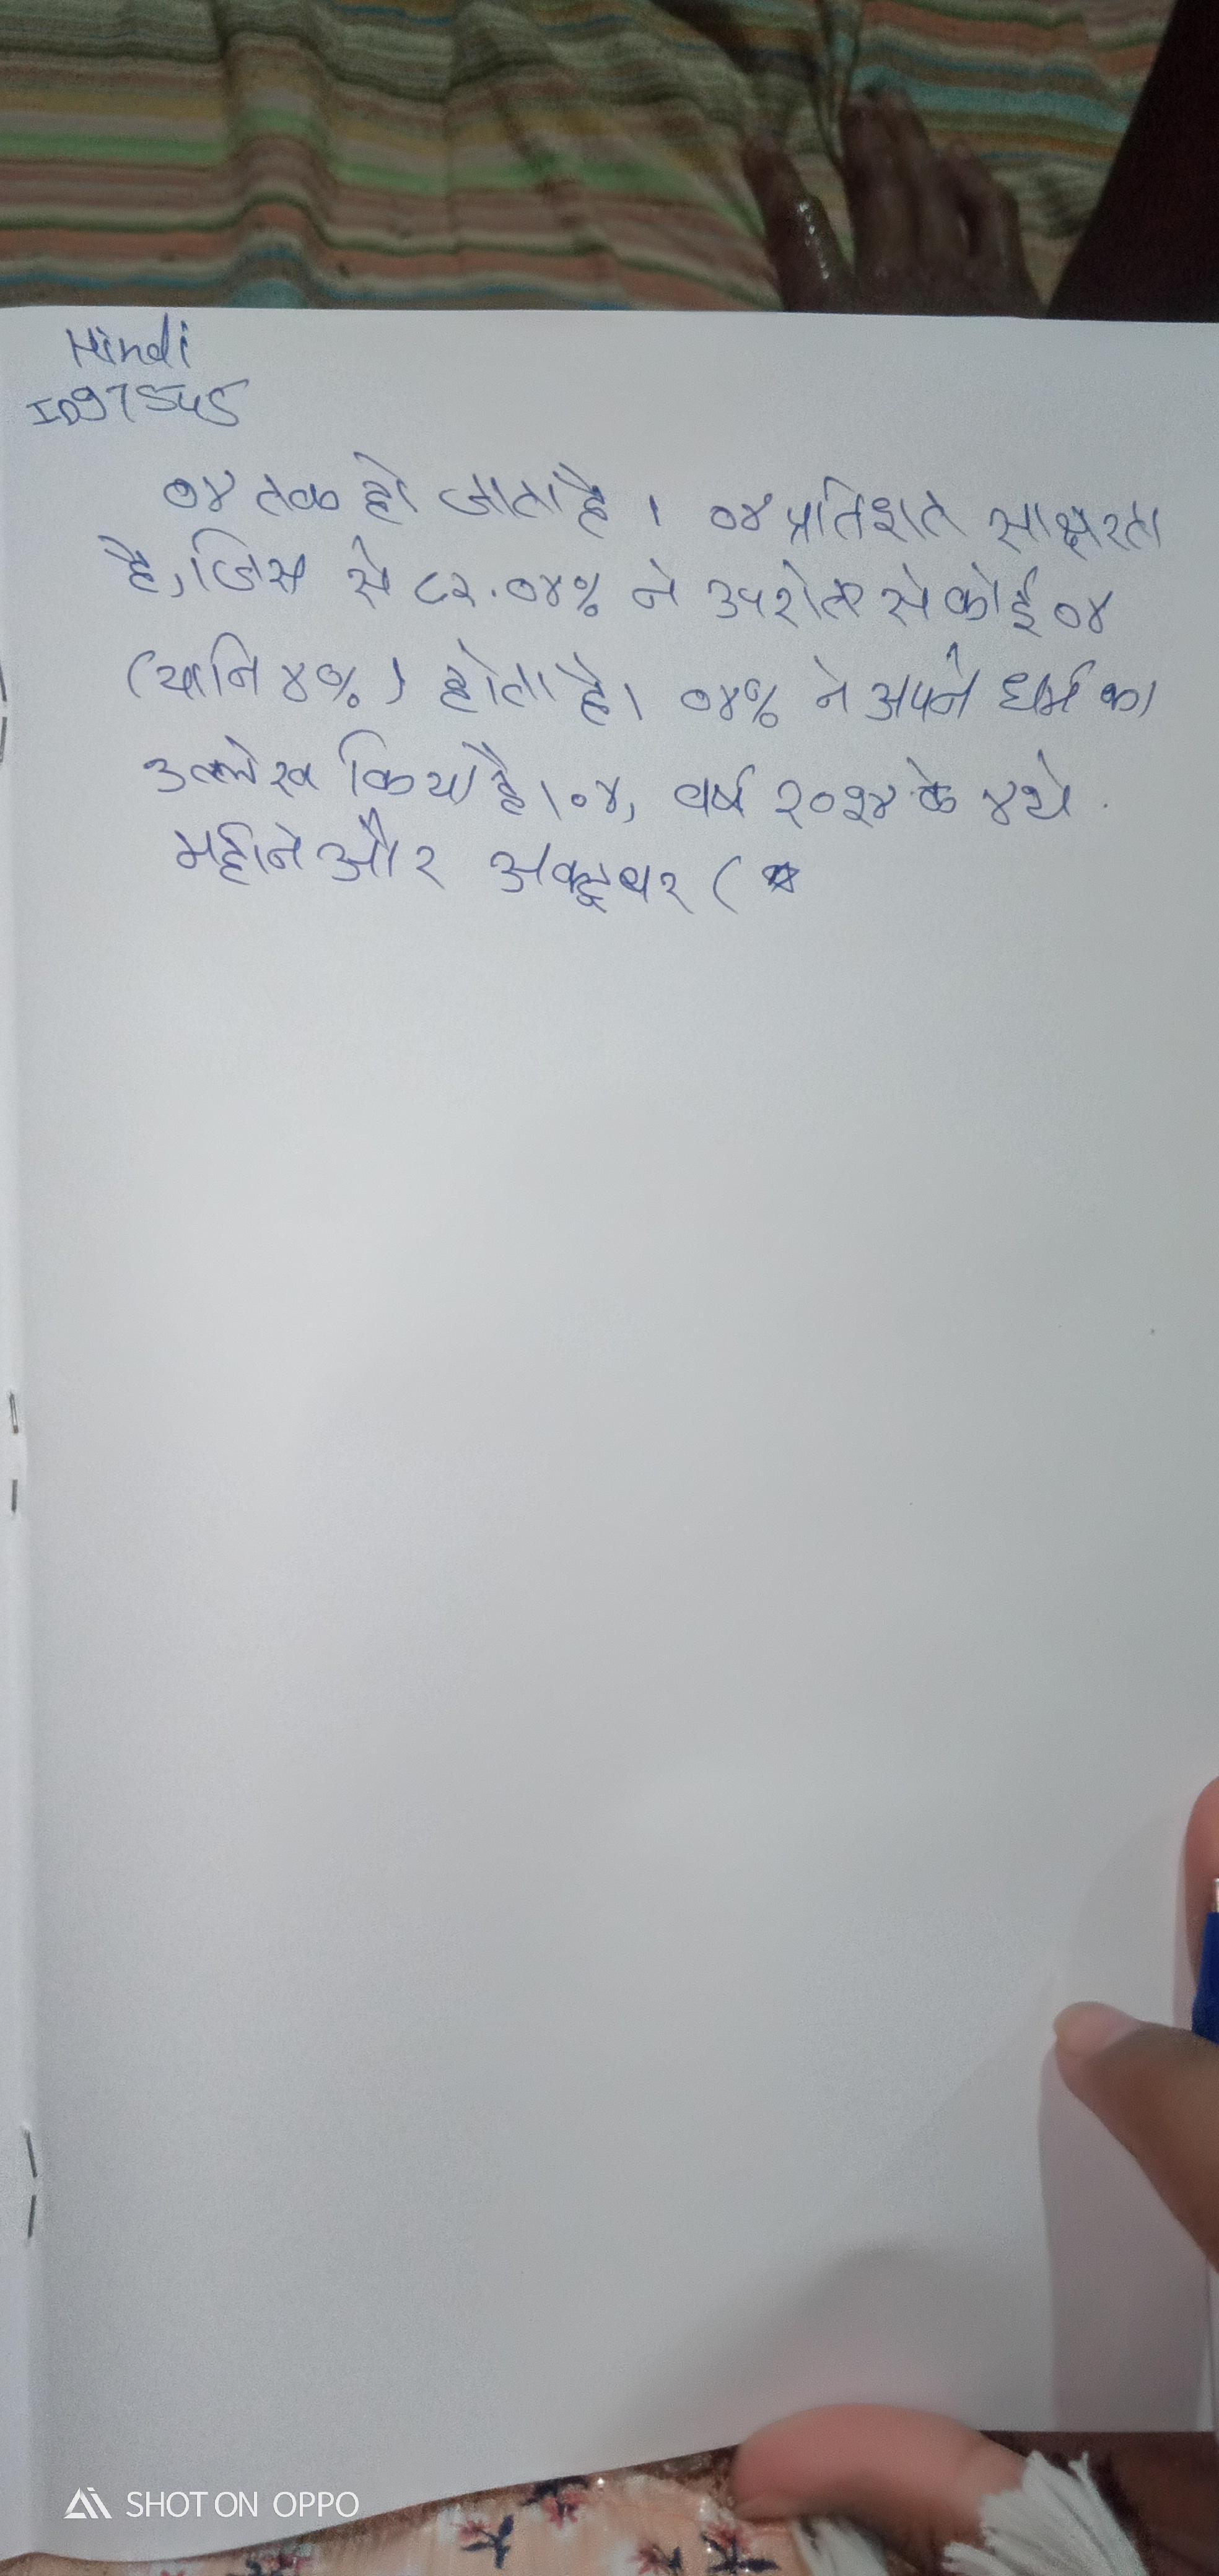
०४ तक हो जाता है । ०४ प्रतिशत साक्षरता है, जिस से ८२ . ०४% ने उपरोक्त से कोई ०४ (यानि ४%) होता है । ०४% ने अपने धर्म का उल्लेख किया है । ०४, वर्ष २०१४ के ४थे महीने और अक्टूबर (* .